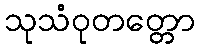
သုသံဝုတတ္တော